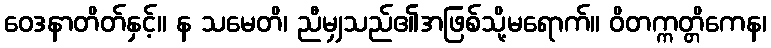
ဝေဒနာတိတ်နှင့်။ န သမေတိ၊ ညီမျှသည်၏အဖြစ်သို့မရောက်။ ဝိတက္ကတ္တိကေန၊